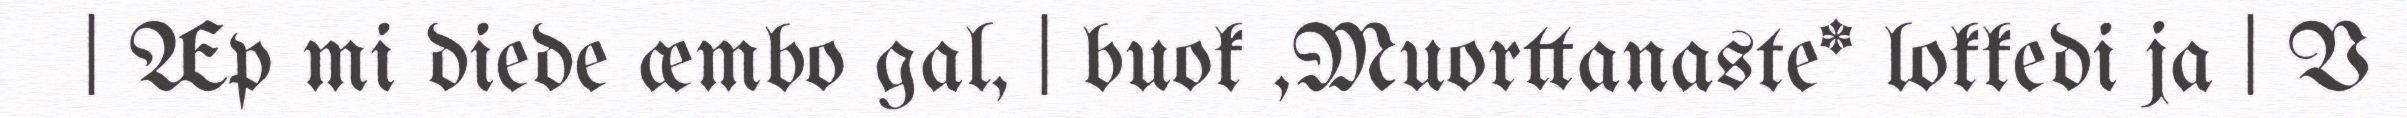
| Æp mi diede æmbo gal, | buok ,Muorttanaste* lokkedi ja | V